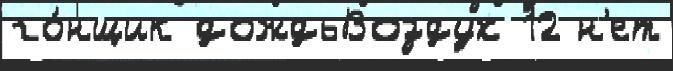
го́нщик дождьВоздух 12 н'ет